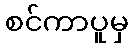
စင်ကာပူမှ